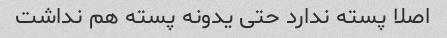
اصلا پسته ندارد حتی یدونه پسته هم نداشت